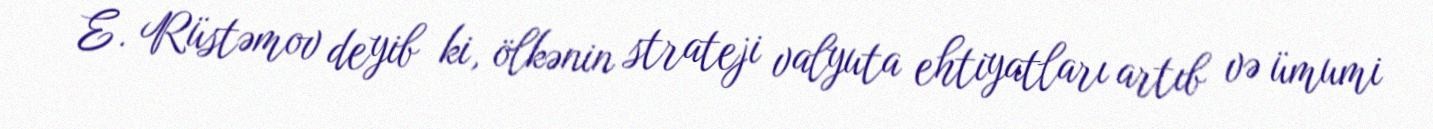
E. Rüstəmov deyib ki, ölkənin strateji valyuta ehtiyatları artıb və ümumi